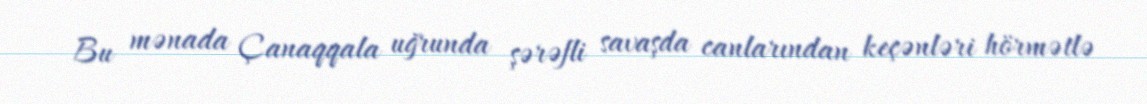
Bu mənada Çanaqqala uğrunda şərəfli savaşda canlarından keçənləri hörmətlə